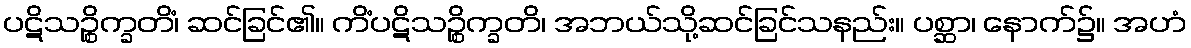
ပဋိသဉ္စိက္ခတိံ၊ ဆင်ခြင်၏။ ကိံပဋိသဉ္စိက္ခတိ၊ အဘယ်သို့ဆင်ခြင်သနည်း။ ပစ္ဆာ၊ နောက်၌။ အဟံ